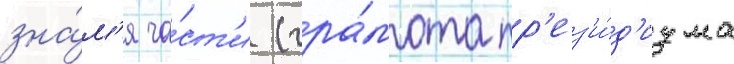
зна́м'я ча́ст'и (гра́мота пр'ез'и́д'иума